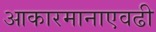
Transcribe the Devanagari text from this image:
आकारमानाएवढी